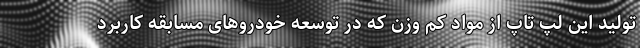
تولید این لپ تاپ از مواد کم وزن که در توسعه خودروهای مسابقه کاربرد